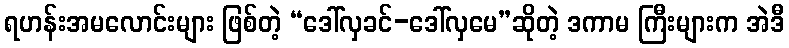
ရဟန်းအမလောင်းများ ဖြစ်တဲ့ “ဒေါ်လှခင်-ဒေါ်လှမေ”ဆိုတဲ့ ဒကာမ ကြီးများက အဲဒီ